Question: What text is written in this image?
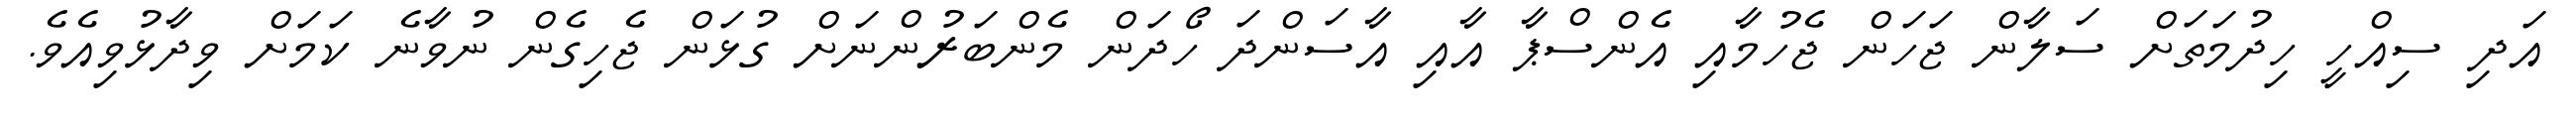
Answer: އަދި ސިއްހީ ހިދުމަތަށް ސަލާން ޖަހަން ޖެހުމާއި އެންސްޕާ އާއި އާސަންދަ ހޯދަން މެންބަރުންނަށް ގުޅަން ޖެހިގެން ނުވާނެ ކަމަށް ވިދާޅުވިއެވެ.